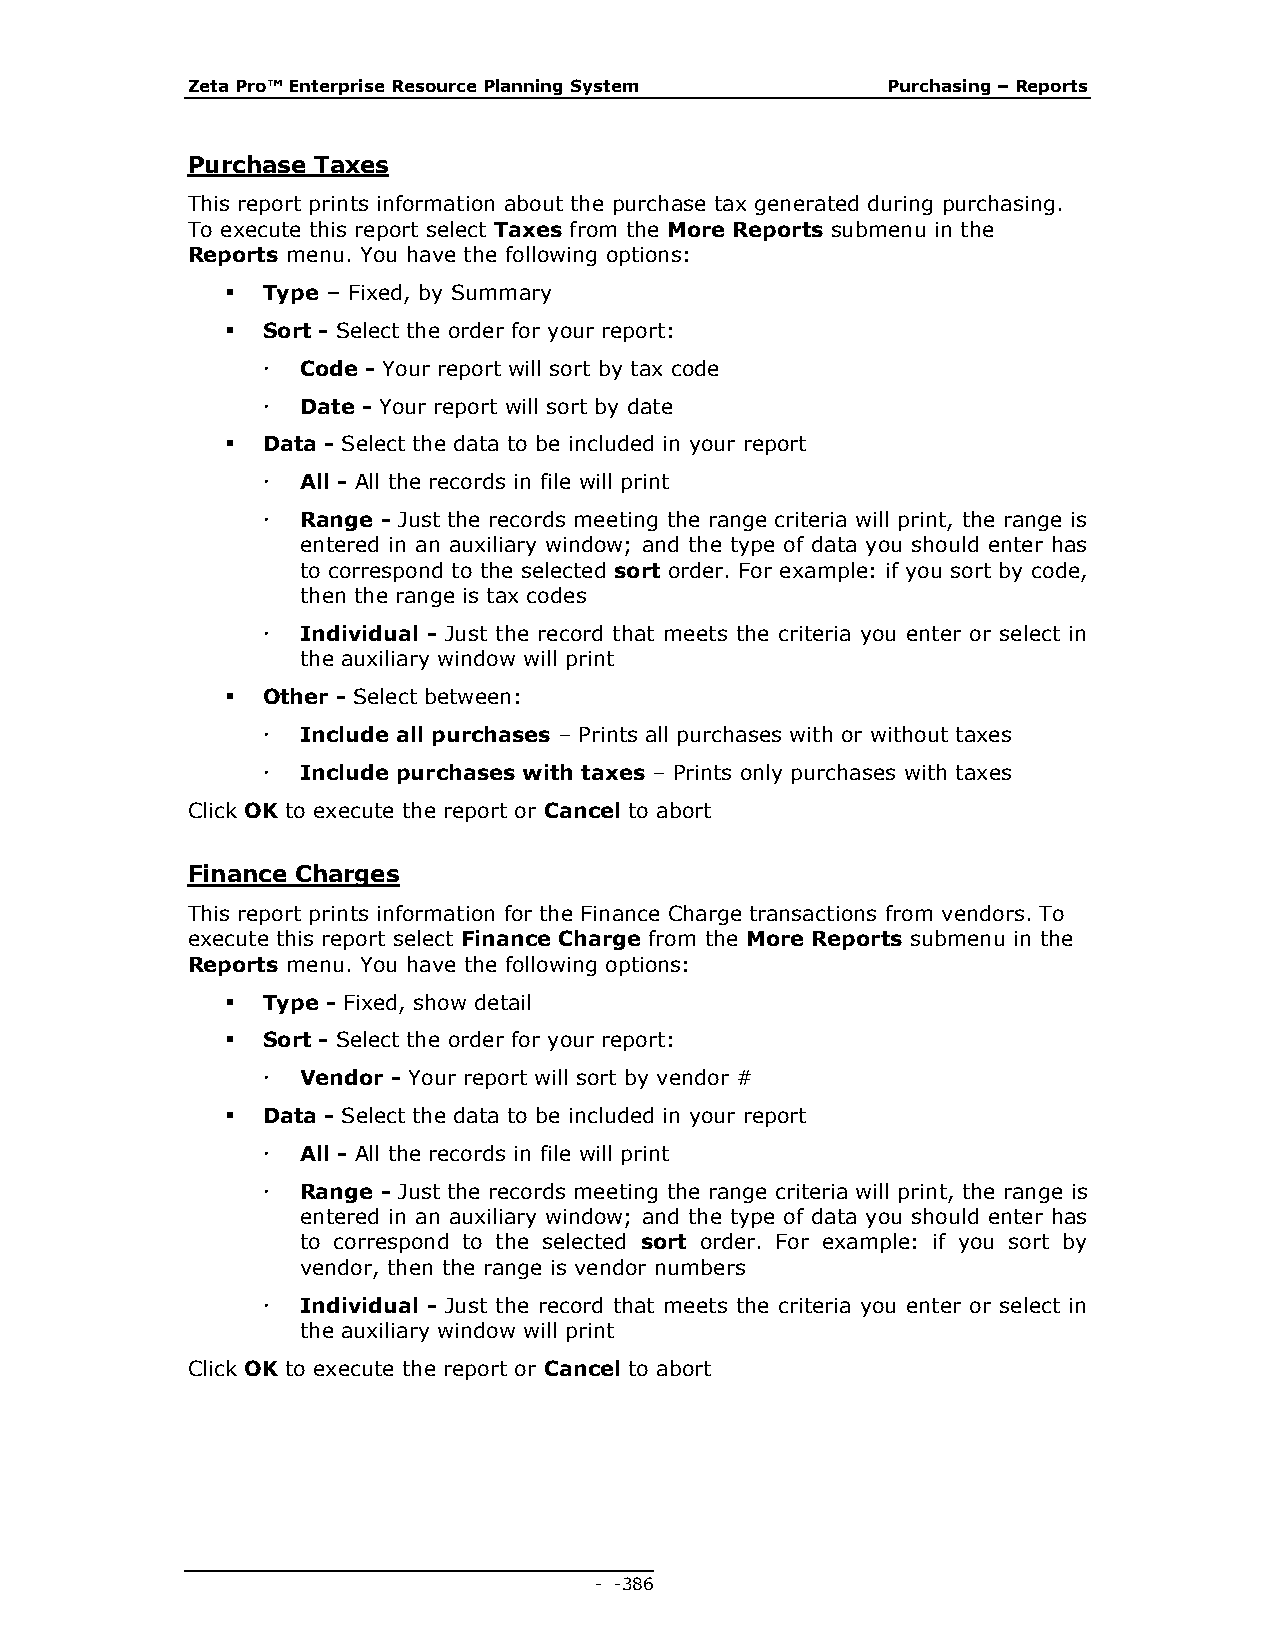
Zeta Pro™ Enterprise Resource Planning System  Purchasing – Reports
 Purchase Taxes
 This report prints information about the purchase tax generated during purchasing.
 To execute this report select Taxes from the More Reports submenu in the
 Reports menu. You have the following options:
  Type – Fixed, by Summary
  Sort - Select the order for your report:
   Code - Your report will sort by tax code
   Date - Your report will sort by date
  Data - Select the data to be included in your report
   All - All the records in file will print
   Range - Just the records meeting the range criteria will print, the range is
 entered in an auxiliary window; and the type of data you should enter has
 to correspond to the selected sort order. For example: if you sort by code,
 then the range is tax codes
   Individual - Just the record that meets the criteria you enter or select in
 the auxiliary window will print
  Other - Select between:
   Include all purchases – Prints all purchases with or without taxes
   Include purchases with taxes – Prints only purchases with taxes
 Click OK to execute the report or Cancel to abort
 Finance Charges
 This report prints information for the Finance Charge transactions from vendors. To
 execute this report select Finance Charge from the More Reports submenu in the
 Reports menu. You have the following options:
  Type - Fixed, show detail
  Sort - Select the order for your report:
   Vendor - Your report will sort by vendor #
  Data - Select the data to be included in your report
   All - All the records in file will print
   Range - Just the records meeting the range criteria will print, the range is
 entered in an auxiliary window; and the type of data you should enter has
 to correspond to the selected sort order. For example: if you sort by
 vendor, then the range is vendor numbers
   Individual - Just the record that meets the criteria you enter or select in
 the auxiliary window will print
 Click OK to execute the report or Cancel to abort
 - - 386